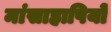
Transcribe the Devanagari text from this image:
मांसाहापियों